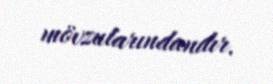
mövzularındandır.